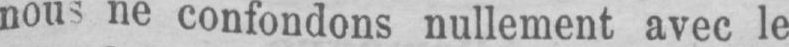
ne confondons nullement avec le